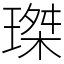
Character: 㻧